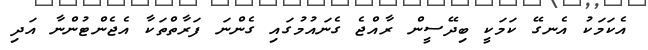
އެކަމަކު އެނގޭ ކަމަކީ ބިދޭސީން ރާއްޖެ ގެނައުމުގައި ގެންނަ ފަރާތްތަކާ އެޖެންޓުންނާ އަދި